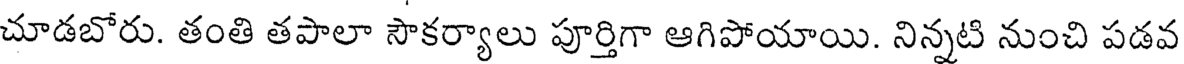
చూడబోరు. తంతి తపాలా సౌకర్యాలు పూర్తిగా ఆగిపోయాయి. నిన్నటి నుంచి పడవ